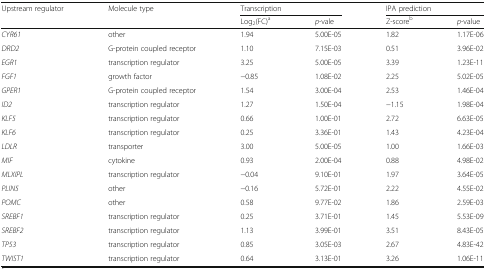
| <ROWSPAN=2> Upstream regulator | <ROWSPAN=2> Molecule type | <COLSPAN=2> Transcription | <COLSPAN=2> IPA prediction |
 | Log2(FC)a | p-vale | Z-scoreb | p-value |
 | --- | --- | --- | --- | --- | --- |
 | CYR61 | other | 1.94 | 5.00E-05 | 1.82 | 1.17E-06 |
 | DRD2 | G-protein coupled receptor | 1.10 | 7.15E-03 | 0.51 | 3.96E-02 |
 | EGR1 | transcription regulator | 3.25 | 5.00E-05 | 3.39 | 1.23E-11 |
 | FGF1 | growth factor | −0.85 | 1.08E-02 | 2.25 | 5.02E-05 |
 | GPER1 | G-protein coupled receptor | 1.54 | 3.00E-04 | 2.53 | 1.46E-04 |
 | ID2 | transcription regulator | 1.27 | 1.50E-04 | −1.15 | 1.98E-04 |
 | KLF5 | transcription regulator | 0.66 | 1.00E-01 | 2.72 | 6.63E-05 |
 | KLF6 | transcription regulator | 0.25 | 3.36E-01 | 1.43 | 4.23E-04 |
 | LDLR | transporter | 3.00 | 5.00E-05 | 1.00 | 1.66E-03 |
 | MIF | cytokine | 0.93 | 2.00E-04 | 0.88 | 4.98E-02 |
 | MLXIPL | transcription regulator | −0.04 | 9.10E-01 | 1.97 | 3.64E-05 |
 | PLIN5 | other | −0.16 | 5.72E-01 | 2.22 | 4.55E-02 |
 | POMC | other | 0.58 | 9.77E-02 | 1.86 | 2.59E-03 |
 | SREBF1 | transcription regulator | 0.25 | 3.71E-01 | 1.45 | 5.53E-09 |
 | SREBF2 | transcription regulator | 1.13 | 3.99E-01 | 3.51 | 8.43E-05 |
 | TP53 | transcription regulator | 0.85 | 3.05E-03 | 2.67 | 4.83E-42 |
 | TWIST1 | transcription regulator | 0.64 | 3.13E-01 | 3.26 | 1.06E-11 |